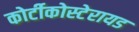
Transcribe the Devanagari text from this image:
कोर्टीकोस्टेरायड